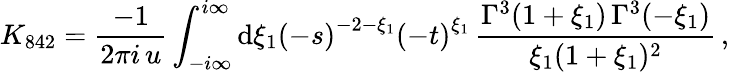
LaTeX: K_{842}=\frac{-1}{2\pi i\, u}\int_{-i\infty}^{i\infty}\mathrm{d}\xi_{1}\left(-s\right)^{-2-\xi_{1}}\left(-t\right)^{\xi_{1}}\, \frac{\Gamma^{3}(1+\xi_{1})\, \Gamma^{3}(-\xi_{1})}{\xi_{1}(1+\xi_{1})^{2}}\, ,